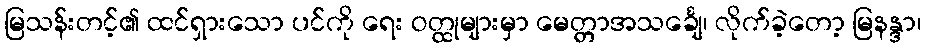
မြသန်းတင့်၏ ထင်ရှားသော ပင်ကို ရေး ဝတ္ထုများမှာ မေတ္တာအသင်္ချေ၊ လိုက်ခဲ့တော့ မြနန္ဒာ၊